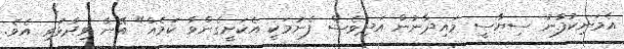
އެމަނިކުފާނު ސިޔާސީ މައިދާނުން އަދިވެސް ފެނުމަކީ އެކަށީގެންވާ ކަމެއް" އޭނާ ވިދާޅުވި އެވެ.